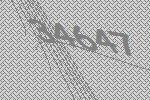
34647